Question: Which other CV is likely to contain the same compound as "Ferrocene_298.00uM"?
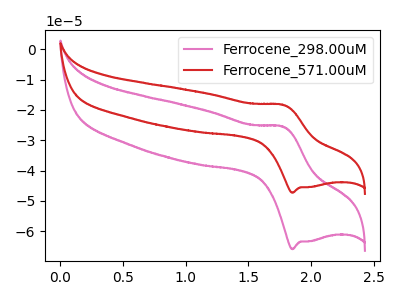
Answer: <think>The pink curve "Ferrocene_298.00uM" has an anodic peak at (1.80V, -25.55uA) and a cathodic peak at (1.85V, -65.90uA). The red curve "Ferrocene_571.00uM" has an anodic peak at (1.80V, -18.30uA) and a cathodic peak at (1.85V, -47.30uA).
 All the peaks in "Ferrocene_298.00uM" have a peak in "Ferrocene_571.00uM" at the same potential.</think>
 <answer>The CV with the most similar shape to "Ferrocene_571.00uM" is "Ferrocene_298.00uM".</answer>
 <eval>"Ferrocene_298.00uM"</eval>